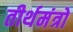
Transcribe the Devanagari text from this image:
तीर्थमंत्रो